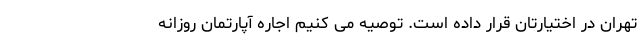
تهران در اختیارتان قرار داده است. توصیه می کنیم اجاره آپارتمان روزانه